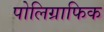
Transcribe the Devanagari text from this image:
पोलिग्राफिक